Indian journal of veterinary science and animal husbandry - Volumes 15-17, 1948-1951
Year: 1948
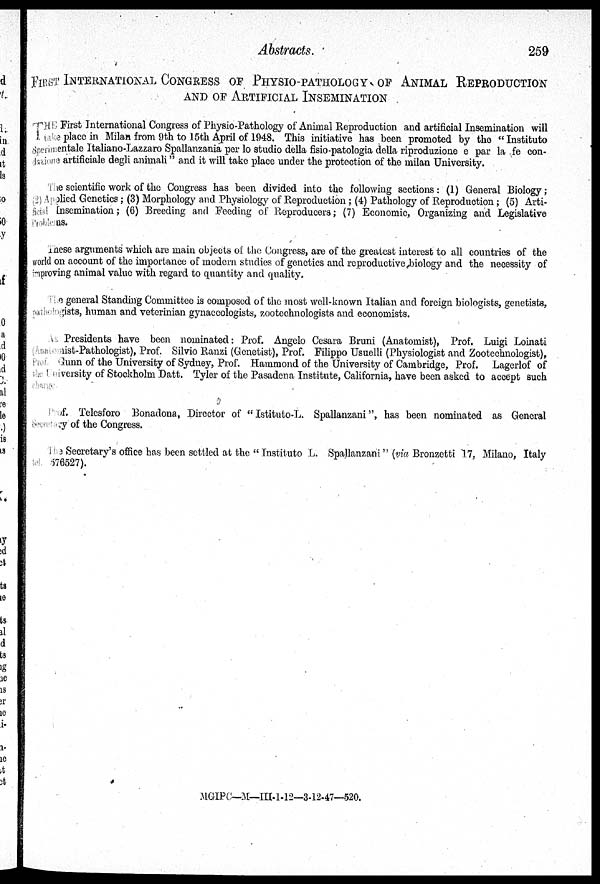
Abstracts.
259
FIRST INTERNATIONAL CONGRESS OF PHYSIO-PATHOLOGY OF ANIMAL REPRODUCTION
AND OF ARTIFICIAL INSEMINATION
THE First International Congress of Physio-Pathology of Animal Reproduction and artificial Insemination will
take place in Milan from 9th to 15th April of 1948. This initiative has been promoted by the " Instituto
Sperimentale ltaliano-Lazzaro Spallanzania per lo studio della fisio-patologia della riproduzione e par la fe con-
dazione artificiale degli animali " and it will take place under the protection of the milan University.
The scientific work of the Congress has been divided into the following sections: (1) General Biology;
(2) Applied Genetics; (3) Morphology and Physiology of Reproduction; (4) Pathology of Reproduction; (5) Arti-
ficials Insemination ; (6) Breeding and Feeding of Reproducers; (7) Economic, Organizing and Legislative
Problems.
These arguments which are main objects of the Congress, are of the greatest interest to all countries of the
world on account of the importance of modern studies of genetics and reproductive biology and the necessity of
improving animal value with regard to quantity and quality.
The general Standing Committee is composed of the most well-known Italian and foreign biologists, genetists,
pathologists, human and veterinian gynaccologists, zootcchnologists and economists.
As Presidents have been nominated: Prof. Angelo Cesara Bruni (Anatomist), Prof. Luigi Loinati
(Anatomist-Pathologist), Prof. Silvio Ranzi (Genetist), Prof. Filippo Usuelli (Physiologist and Zootechnologist),
Prof. Gunn of the University of Sydney, Prof. Hammond of the University of Cambridge, Prof. Lagerlof of
the University of Stockholm Datt. Tyler of the Pasadena Institute, California, have been asked to accept such
charge.
Prof. Telesforo Bonadoua, Director of " Istituto-L. Spallanzani", has been nominated as General
Secretary of the Congress.
The Secretary's office has been settled at the " Instituto L. Spallanzani" (via Bronzetti 17, Milano, Italy
tel. 576527).
MGIPC—M—III-1-12—3-12-47—520.